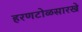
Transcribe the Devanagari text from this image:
हरणटोळसारखे